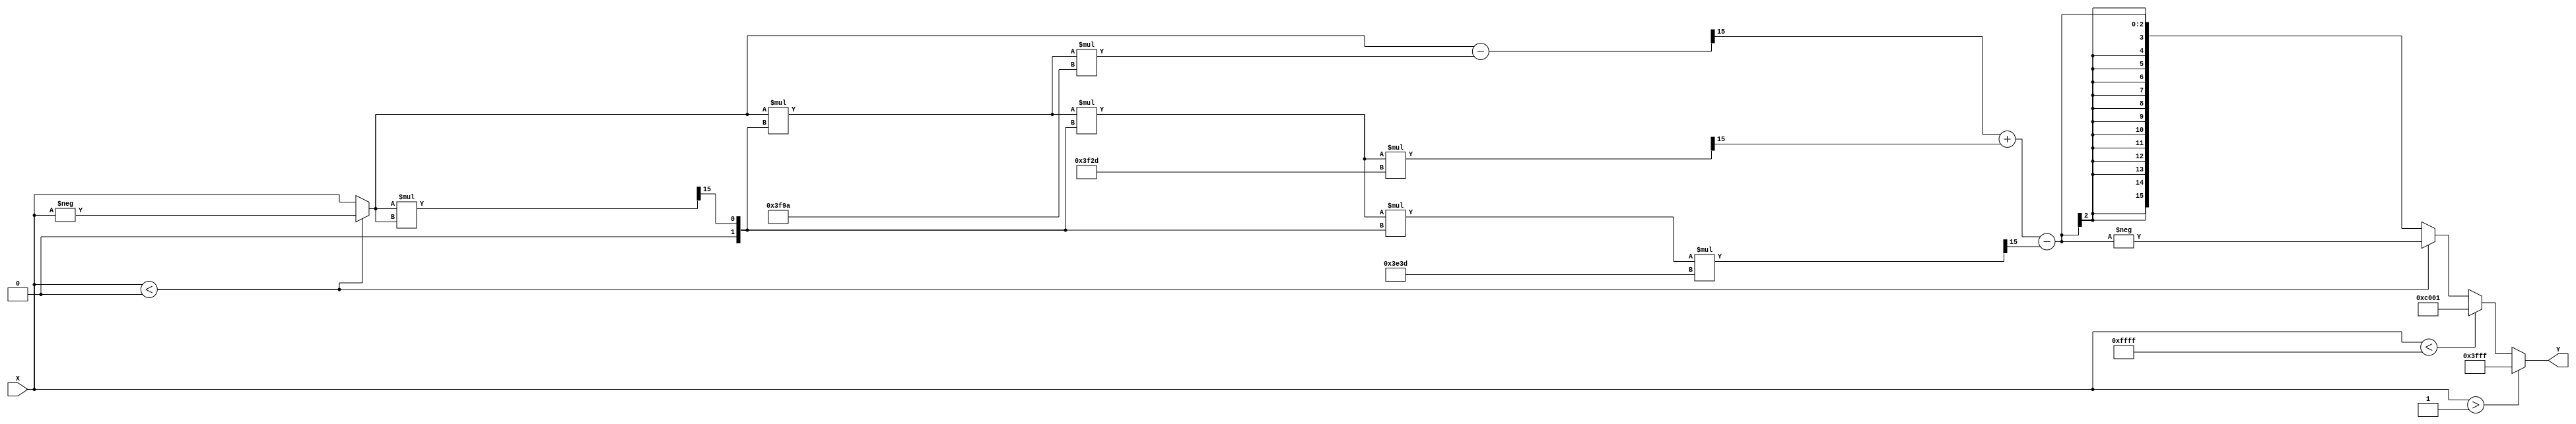
module atan_block (
    input signed [15:0] X,  // Input Data: Q1.15 format
    output reg signed [15:0] Y // Output Data: Q1.15 format
);

    // Constants for the approximation
    localparam signed [15:0] PI_OVER_2 = 16'h3FFF; // /2 in Q1.15 format
    localparam signed [15:0] PI = 16'h4000; //  in Q1.15 format

    // Polynomial coefficients for atan approximation
    localparam signed [15:0] A0 = 16'h3FFD; // 1.0 in Q1.15 format
    localparam signed [15:0] A1 = 16'h3F9A; // -0.3333 in Q1.15 format
    localparam signed [15:0] A2 = 16'h3F2D; // 0.2 in Q1.15 format
    localparam signed [15:0] A3 = 16'h3E3D; // -0.142857 in Q1.15 format

    // Internal signals
    reg signed [15:0] x_abs;
    reg signed [15:0] x_squared;
    reg signed [15:0] result;

    always @(*) begin
        // Normalize input
        if (X > 16'h0001) begin
            // Normalize input value greater than 1
            x_abs = 16'h0001; // Set to 1 for normalization
            result = PI_OVER_2; // atan() = /2
        end else if (X < -16'h0001) begin
            // Normalize input value less than -1
            x_abs = 16'h0001; // Set to 1 for normalization
            result = -PI_OVER_2; // atan() = /2
        end else begin
            // Use absolute value for calculation
            x_abs = (X < 0) ? -X : X;

            // Calculate x^2
            x_squared = (x_abs * x_abs) >> 15; // Q1.15 to Q1.15

            // Polynomial approximation: atan(x)  x - (x^3)/3 + (x^5)/5 - (x^7)/7
            result = x_abs - (x_abs * x_squared * A1) >> 15; // Q1.15
            result = result + ((x_abs * x_squared * x_squared * A2) >> 15); // Q1.15
            result = result - ((x_abs * x_squared * x_squared * x_squared * A3) >> 15); // Q1.15

            // Adjust result based on the sign of X
            if (X < 0) begin
                result = -result;
            end
        end

        // Assign the result to output Y
        Y = result;
    end
endmodule